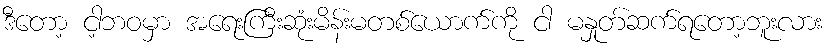
ဒီတော့ ငါ့ဘဝမှာ အရေးကြီးဆုံးမိန်းမတစ်ယောက်ကို ငါ မနှုတ်ဆက်ရတော့ဘူးလား